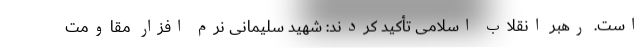
است. رهبر انقلاب اسلامی تأکید کردند: شهید سلیمانی نرم افزار مقاومت